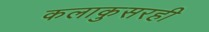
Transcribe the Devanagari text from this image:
कलाकुसरही